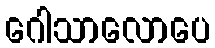
ဂေါသာလောပေ